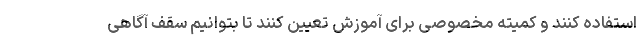
استفاده کنند و کمیته مخصوصی برای آموزش تعیین کنند تا بتوانیم سقف آگاهی